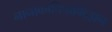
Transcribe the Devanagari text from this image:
नानाकाचिपाक्ट्झिन